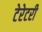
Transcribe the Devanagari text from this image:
टेरेटरी